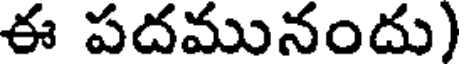
ఈ పదమునందు)